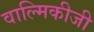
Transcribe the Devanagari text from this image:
वाल्‍मिकीजी